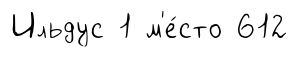
Ильдус 1 м'е́сто 612